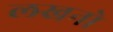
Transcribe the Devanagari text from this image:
लखनो